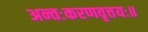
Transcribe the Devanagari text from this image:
अन्तःकरणवृत्तयः॥